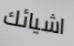
اشيائك